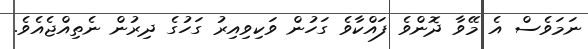
ނަމަވެސް އެ މޭވާ ދޮންވެ ފައްކާވެ ގަހުން ވަކިވިއިރު ގަހުގެ ދިރުން ނެތިއްޖެއެވެ.